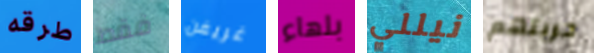
طرقه فقط غريفن بلهاء نيللي حريتهم